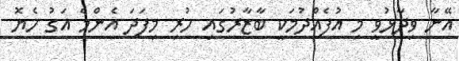
އޭނާ ވިދާޅުވީ މި އުފެއްދުމަކީ ބާޒާރުގައި ހުރި މިފަދަ އެންމެ އަގު ހެޔޮ